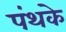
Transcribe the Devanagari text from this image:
पंथके